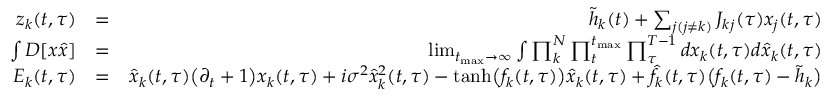
\begin{array} { r l r } { z _ { k } ( t , \tau ) } & { = } & { \tilde { h } _ { k } ( t ) + \sum _ { j ( j \neq k ) } J _ { k j } ( \tau ) x _ { j } ( t , \tau ) } \\ { \int D [ x \hat { x } ] } & { = } & { \operatorname* { l i m } _ { t _ { \mathrm { m a x } } \rightarrow \infty } \int \prod _ { k } ^ { N } \prod _ { t } ^ { t _ { \mathrm { m a x } } } \prod _ { \tau } ^ { T - 1 } d x _ { k } ( t , \tau ) d \hat { x } _ { k } ( t , \tau ) } \\ { E _ { k } ( t , \tau ) } & { = } & { \hat { x } _ { k } ( t , \tau ) \big ( \partial _ { t } + 1 \big ) x _ { k } ( t , \tau ) + i \sigma ^ { 2 } \hat { x } _ { k } ^ { 2 } ( t , \tau ) - \mathrm { t a n h } \big ( f _ { k } ( t , \tau ) \big ) \hat { x } _ { k } ( t , \tau ) + \hat { f } _ { k } ( t , \tau ) \big ( f _ { k } ( t , \tau ) - \tilde { h } _ { k } \big ) } \end{array}